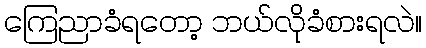
ကြေညာခံရတော့ ဘယ်လိုခံစားရလဲ။